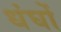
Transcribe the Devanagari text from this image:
धंघों